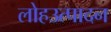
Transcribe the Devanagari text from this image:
लोहउत्पादन